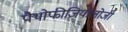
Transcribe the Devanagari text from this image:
पैथोफीजियोलोजी